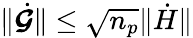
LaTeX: \lVert\dot{\boldsymbol{\mathcal{G}}}\rVert\leq\sqrt{n_{p}}\lVert\dot{H}\rVert